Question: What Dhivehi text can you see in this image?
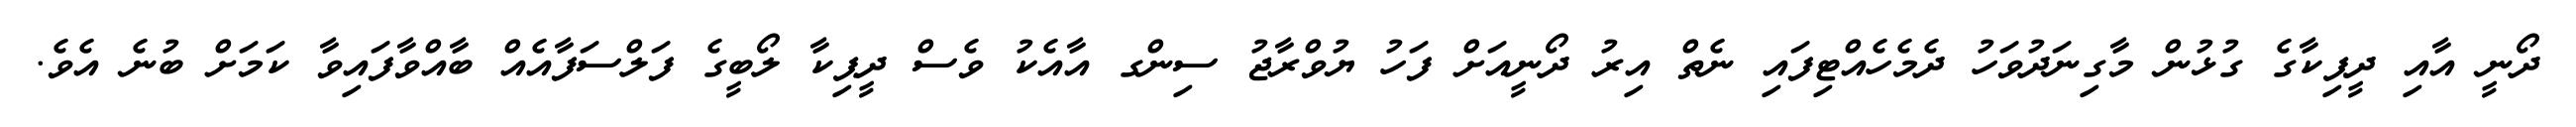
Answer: ދޯނީ އާއި ދީޕިކާގެ ގުޅުން މާގިނަދުވަހު ދެމެހެއްޓިފައި ނެތް އިރު ދޯނީއަށް ފަހު ޔުވްރާޖު ސިންގ އާއެކު ވެސް ދީޕިކާ ލޯބީގެ ފަލްސަފާއެއް ބާއްވާފައިވާ ކަމަށް ބުނެ އެވެ.